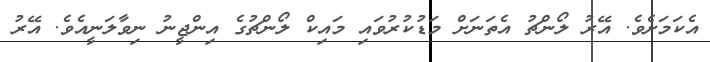
އެކަމަށެވެ. އޭރު ލޯންޗު އެތަނަށް މަޑުކުރުވައި މައިކް ލޯންޗުގެ އިންޖީނު ނިވާލަނީއެވެ. އޭރު